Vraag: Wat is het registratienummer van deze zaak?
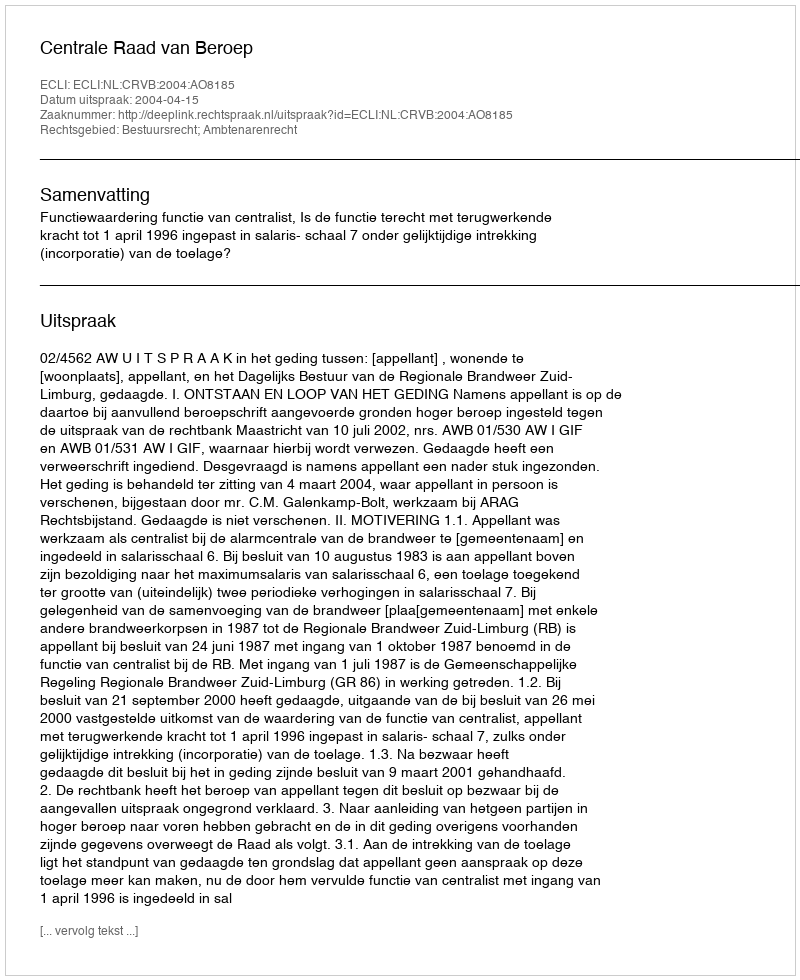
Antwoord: http://deeplink.rechtspraak.nl/uitspraak?id=ECLI:NL:CRVB:2004:AO8185